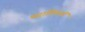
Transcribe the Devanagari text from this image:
पदाधिकारों